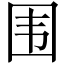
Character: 围